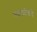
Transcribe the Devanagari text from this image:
मल्लवंशीयांचे